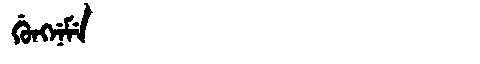
Manchu: ᡤᡠᠩᠨᡝᠮᡝ
Romanization: GUNGNEME